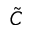
\Tilde { C }